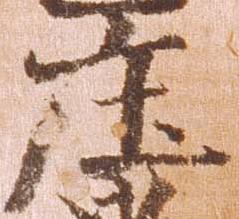
庄